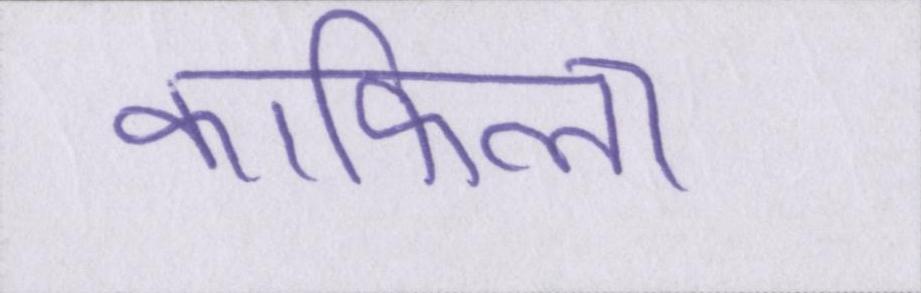
काफिला